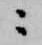
ニ